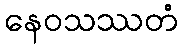
နေဝသဿတံ